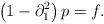
LaTeX: \begin{align*}\left(1-\partial_{1}^{2}\right)p=f.\end{align*}